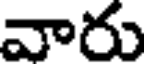
వారు